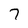
Character: 7